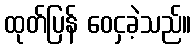
ထုတ်ပြန် ဝေငှခဲ့သည်။